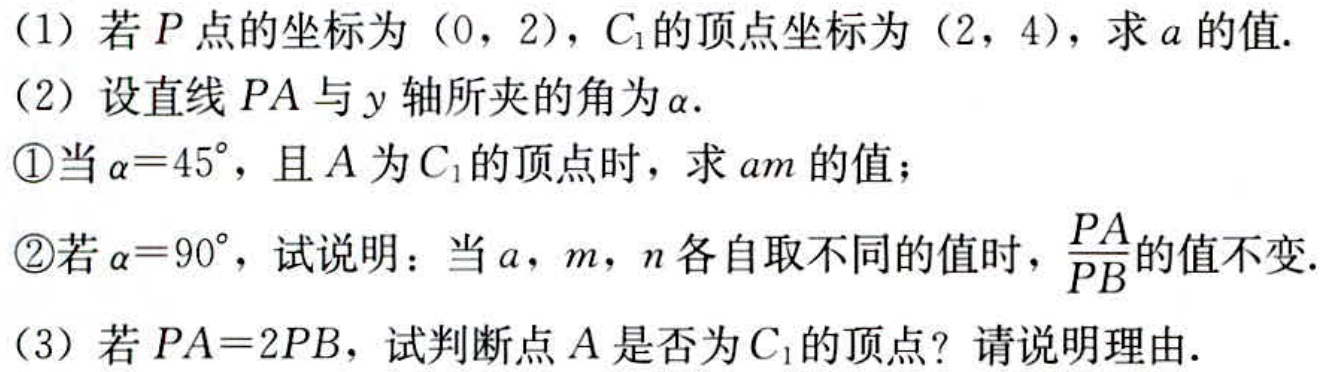
(1) 若\(P\)点的坐标为\((0,2)\)，\(C_{1}\)的顶点坐标为\((2,4)\)，求\(a\)的值.
(2) 设直线\(PA\)与\(y\)轴所夹的角为\(\alpha\).
\textcircled{1}当\(\alpha = 45^{\circ}\)，且\(A\)为\(C_{1}\)的顶点时，求\(am\)的值；
\textcircled{2}若\(\alpha = 90^{\circ}\)，试说明：当\(a\)，\(m\)，\(n\)各自取不同的值时，\(\frac{PA}{PB}\)的值不变.
(3) 若\(PA = 2PB\)，试判断点\(A\)是否为\(C_{1}\)的顶点？请说明理由.